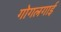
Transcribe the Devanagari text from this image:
गोगलगाई